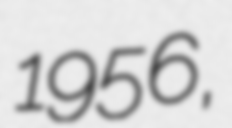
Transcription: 1956,